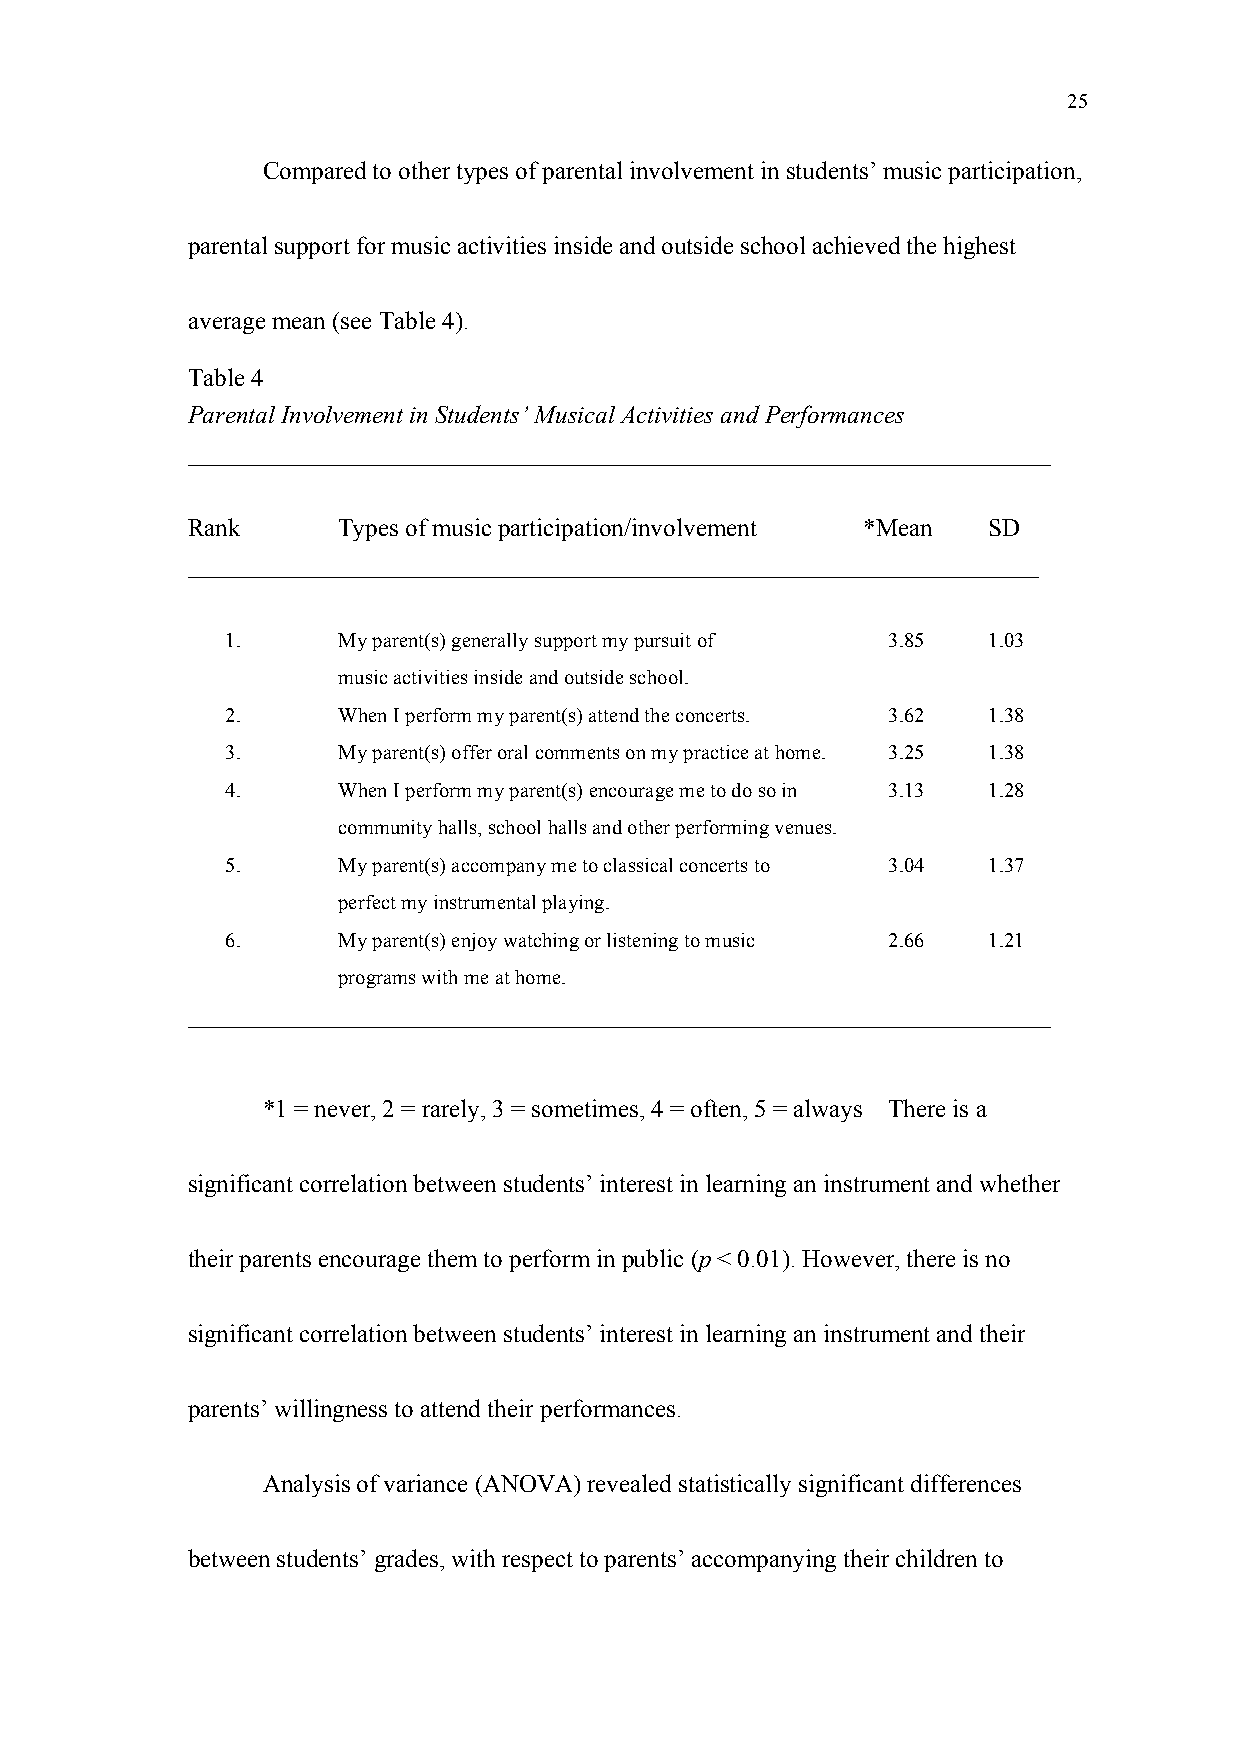
25
 Compared to other types of parental involvement in students’ music participation,
 parental support for music activities inside and outside school achieved the highest
 average mean (see Table 4).
 Table 4
 Parental Involvement in Students’ Musical Activities and Performances
 _____________________________________________________________________
 Rank      Types of music participation/involvement *Mean SD
 ____________________________________________________________________
 1.     My parent(s) generally support my pursuit of 3.85 1.03
 music activities inside and outside school.
 2.     When I perform my parent(s) attend the concerts. 3.62 1.38
 3.     My parent(s) offer oral comments on my practice at home. 3.25 1.38
 4.     When I perform my parent(s) encourage me to do so in 3.13 1.28
 community halls, school halls and other performing venues.
 5.     My parent(s) accompany me to classical concerts to 3.04 1.37
 perfect my instrumental playing.
 6.     My parent(s) enjoy watching or listening to music 2.66 1.21
 programs with me at home.
 _____________________________________________________________________
 *1 = never, 2 = rarely, 3 = sometimes, 4 = often, 5 = always There is a
 significant correlation between students’ interest in learning an instrument and whether
 their parents encourage them to perform in public (p < 0.01). However, there is no
 significant correlation between students’ interest in learning an instrument and their
 parents’ willingness to attend their performances.
 Analysis of variance (ANOVA) revealed statistically significant differences
 between students’ grades, with respect to parents’ accompanying their children to